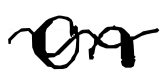
Text: on
Cross-out: wave
Writing tool: digital_black